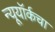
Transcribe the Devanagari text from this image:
न्यूयॉर्कचा